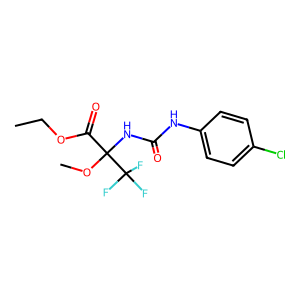
SMILES: CCOC(=O)C(NC(=O)Nc1ccc(Cl)cc1)(OC)C(F)(F)F
Inhibits HIV replication: No